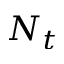
N _ { t }